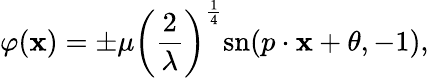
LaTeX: \varphi(\mathbf{x})=\pm\mu\left({\frac{{2}}{{\lambda}}}\right)^{\frac{{1}}{{4}}}\mathrm{{{sn}}}(p\cdot\mathbf{x}+\theta,-1),